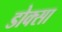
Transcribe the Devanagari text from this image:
डोक्सा